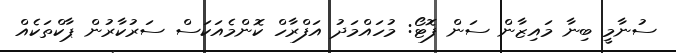
ސުނާމީ ބިނާ މައިޒާން ސަން ފޮޓޯ: މުހައްމަދު އަފްރާހް ކޮންމެއަކަސް ސަރުކާރުން ޕާކްތަކެއް